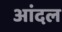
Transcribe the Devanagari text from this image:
आंदल